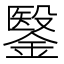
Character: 𮢶